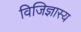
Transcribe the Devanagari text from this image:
विजिज्ञास्य